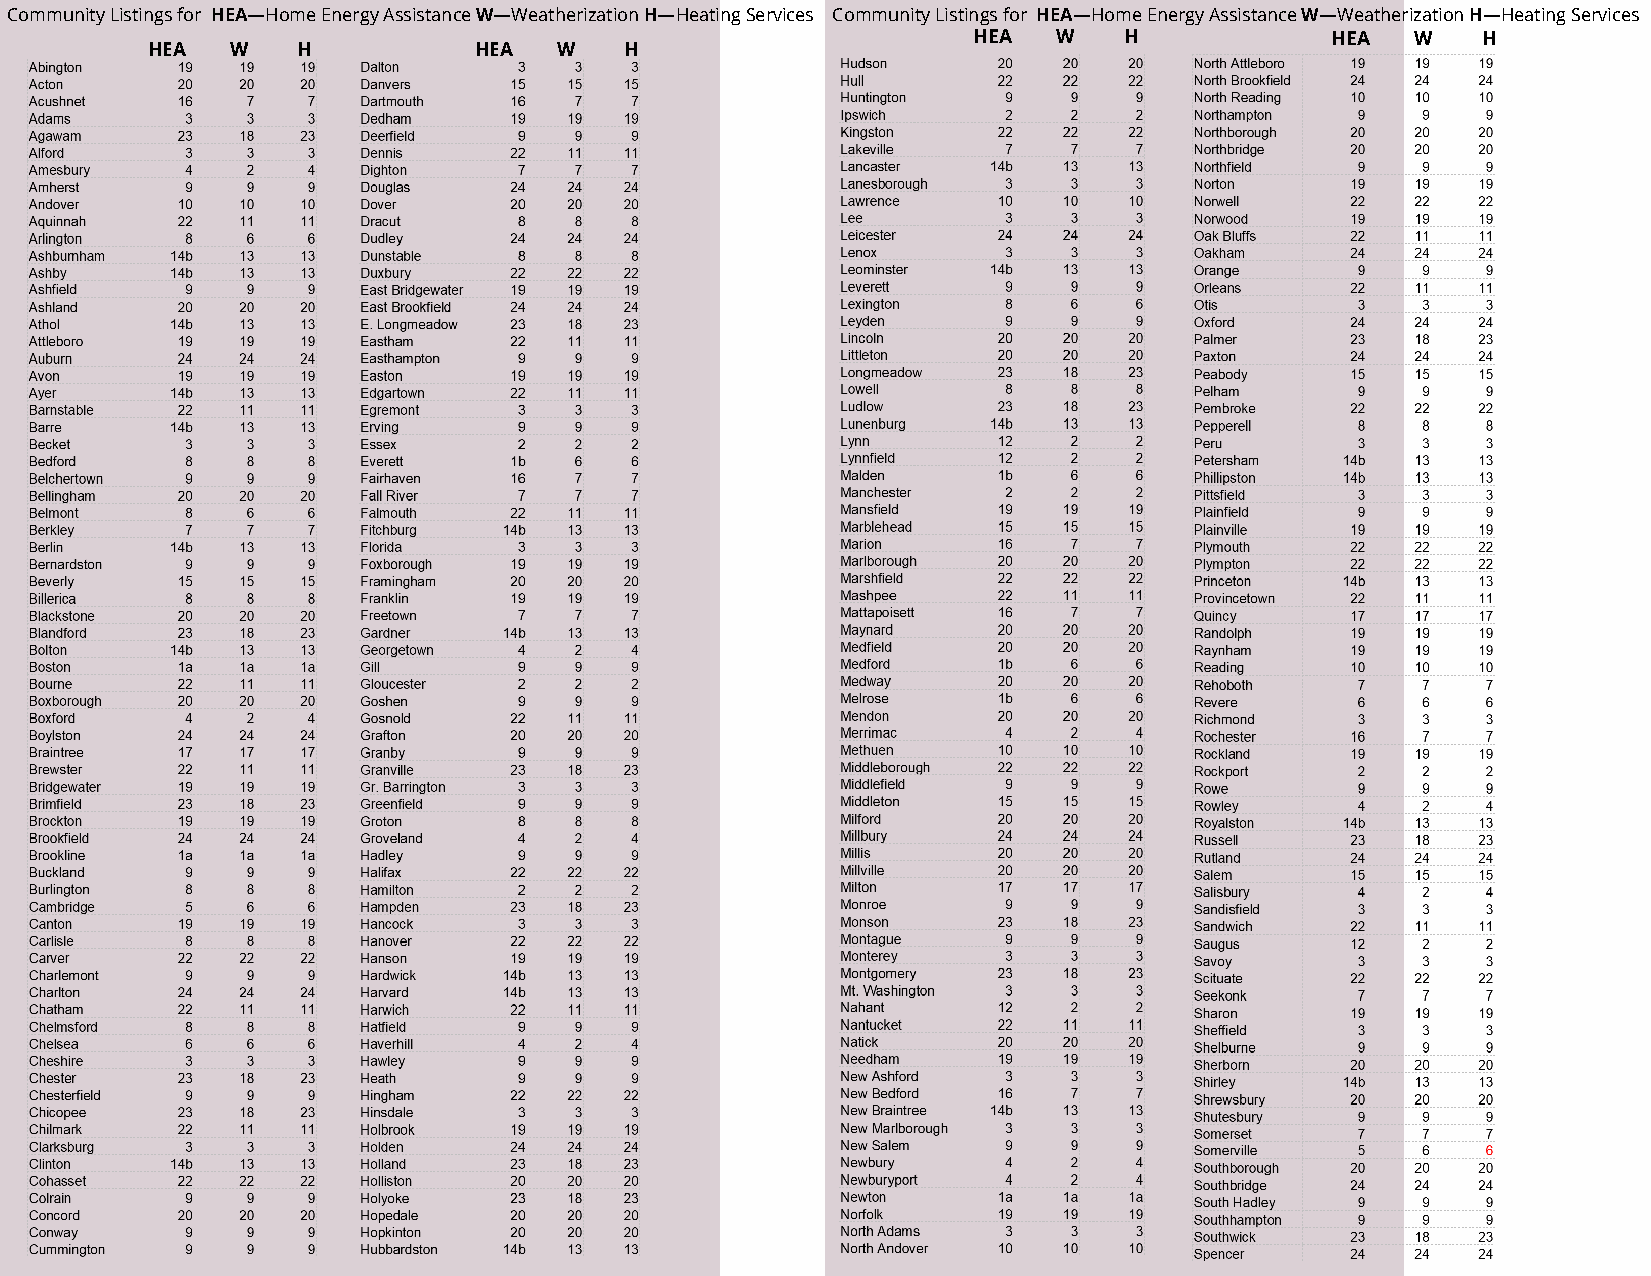
Community Listings for HEA—Home Energy Assistance W—Weatherization H—Heating Services Community Listings for HEA—Home Energy Assistance W—Weatherization H—Heating Services
 HEA   W   H             HEA   W   H
 HEA  W    H          HEA   W   H